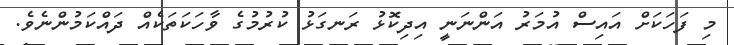
މި ފަހަކަށް އައިސް އުމަރު އަންނަނީ އިދިކޮޅު ރަނގަޅު ކުރުމުގެ ވާހަކަތަކެއް ދައްކަމުންނެވެ.